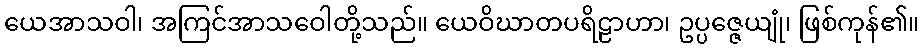
ယေအာသဝါ၊ အကြင်အာသဝေါတို့သည်။ ယေဝိဃာတပရိဠာဟာ၊ ဥပ္ပဇ္ဇေယျုံ၊ ဖြစ်ကုန်၏။